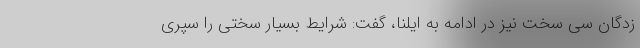
زدگان سی سخت نیز در ادامه به ایلنا، گفت: شرایط بسیار سختی را سپری